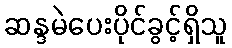
ဆန္ဒမဲပေးပိုင်ခွင့်ရှိသူ